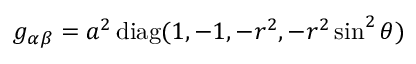
g _ { \alpha \beta } = a ^ { 2 } \, \mathrm { d i a g } ( 1 , - 1 , - r ^ { 2 } , - r ^ { 2 } \sin ^ { 2 } \theta )